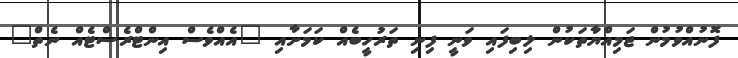
ފޮނުއްވުމުން ޖަމިއްޔާތަކުން ލިބިފައި ވަނީ ފިނި ތަރުހީބެއް ކަމަށާއި "އެއްވެސް އިންޓްރެސްޓެއް ނެތް"